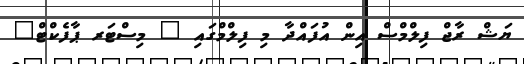
ޔަޝް ރާޖް ފިލްމްސް އިން އުފައްދާ މި ފިލްމްގައި " މިސްޓަރ ޕާފެކްޓް"